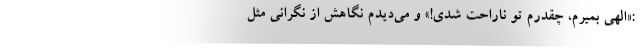
:«الهی بمیرم، چقدرم تو ناراحت شدی!» و می‌دیدم نگاهش از نگرانی مثل